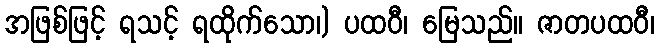
အဖြစ်ဖြင့် ရသင့် ရထိုက်သော၊) ပထဝီ၊ မြေသည်။ ဇာတပထဝီ၊